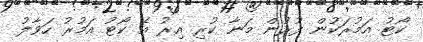
ކޯޓު އަމުރަކުން ފުރުން މަނާ ކުރި އިރު އެ ކޯޓު އަމުރު ހަވާލު